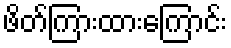
ဖိတ်ကြားထားကြောင်း